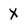
Character: X